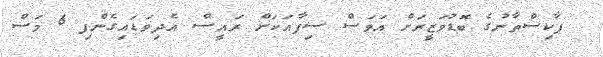
ޕާކިސްތާނުގެ ބޮޑުވަޒީރަށް އަވަސް ސިފާއަކަށް ރައީސް އެދިވަޑައިގެންފި 6 މަސް